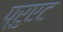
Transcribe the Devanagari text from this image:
प्रुएट